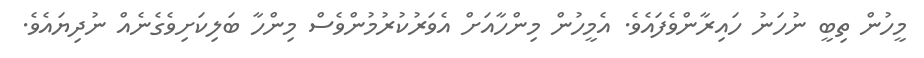
މީހުން ތިބީ ނުހަނު ހައިރާންވެފައެވެ. އެމީހުން މިންހާއަށް އެވަރުކުރުމުންވެސް މިންހާ ބަލިކަށިވެގެނެއް ނުދިޔައެވެ.